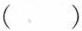
()